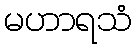
မဟာရသံ